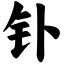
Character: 钋